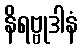
နိရဗ္ဗုဒါနံ